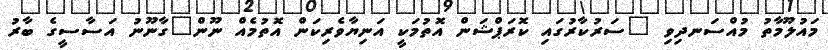
މައުލޫމާތު މުއްސަނދިވި "ސަރުކާރުގައި ކޮރަޕްޝަން އޮތުމަކީ އަނިޔާވެރިކަން އޮތުމެއް ނޫން"ގާނޫނު އަސާސީގެ ބާރު